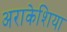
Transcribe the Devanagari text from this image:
अराकेशिया